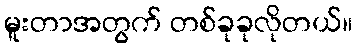
မူးတာအတွက် တစ်ခုခုလိုတယ်။